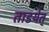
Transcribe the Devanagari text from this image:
ताडयेत्